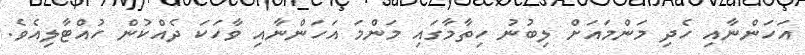
އަހަންނާއި ހެދި މަންމައަށް ލިބުނު ހިތާމާގައި މަންމަ އަހަންނާއި ވާހަކަ ދެއްކުން ހުއްޓާލިއެވެ.